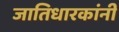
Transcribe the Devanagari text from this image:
जातिधारकांनी